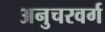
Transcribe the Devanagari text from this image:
अनुचरवर्ग